Tezpur Lunatic Asylum reports 1895-1904 - 1895-1904
Year: 1895
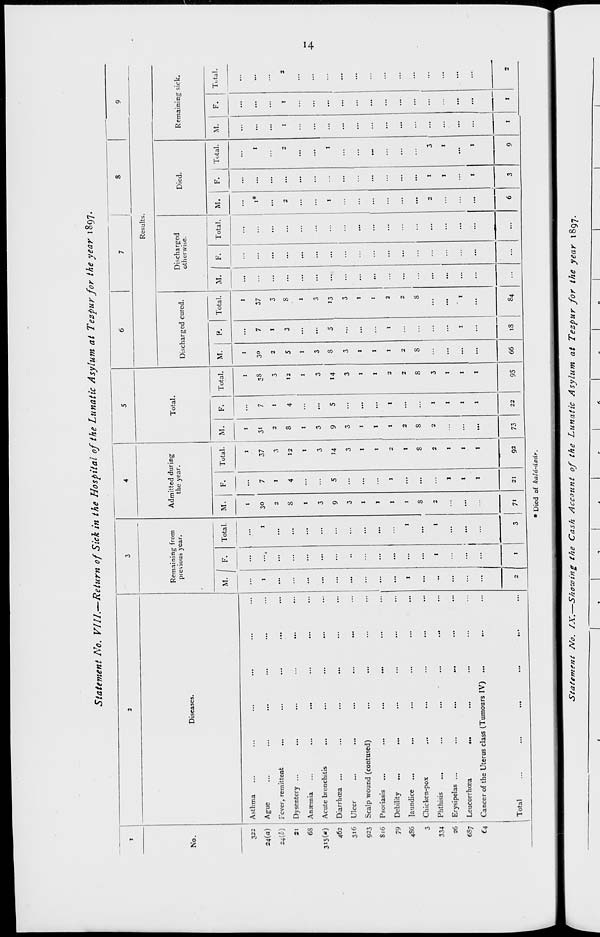
Statement No. VIII.-— Return of Sick in the Hospital of the Lunatic Asylum at Tezpur for the year 1897.
I
2
3
4
5
6
7
8
9
Diseases.
Remaining from
previous year.
Admitted during
the year.
Total
Results.
No.
Discharged cured.
Discharged
otherwise.
Died.
Remaining sick.
M. ['• Total, M. F. Total. M. F. Total. M. P.
1
Total.
M. f F.
Total.
M.
F.
Total.
M.
F.
Total.
322 Asthma
...
...
...
1
1
1
...
1
1
...
1
...
...
••
...
...
...
...
24(a) Ague
...
...
1
•••.
1
30
7
37
31
7
3S
30
7
37
...
1*
••
1
...
...
...
—Wl Fever, remittent
...
...
...
...
...
2
1
3
2
1
3
2
1
3
...
...
••
...
...
...
21
Dysentery ...
...
...
...
...
...
S
4
12
8
4
12
5
3
8
...
2
••
2
1
1
2
6S Anaemia
...
...
...
...
...
1
...
1
1
1
1
...
1
...
...
••
...
...
...
...
3»5(«) Acute bronchitis
...
...
...
...
...
3
3
3
...
3
3
...
3
...
...
••
...
...
...
...
462 Diarrhoea ...
...
...
...
...
...
9
5
14
9
5
U
8
5
13
...
1
1
...
...
316 Ulcer
...
...
...
••
...
3
...
3
3
...
3
3
...
3
...
••
...
...
...
...
923 Scalp wound (contused)
...
...
...
...
1
...
1
1
...
1
1
...
1
...
...
...
...
...
...
816 Psoriasis
...
...
...
...
...
1
...
1
1
...
1
1
1
...
...
••
...
...
...
...
79 Debility
...
...
...
...
I
1
2
t
1
2
1
1
2
...
...
...
...
...
4S6 laundice
...
...
1
...
I
1
...
1
2
...
2
2
2
...
...
••
...
...
...
...
3 Chicken-pox
...
...
...
...
...
S
...
8
S
...
8
S
8
...
...
••
...
...
...
334 Phthisis
...
...
...
...
!
1
2
2
2
1
3
...
...
...
2
i
3
...
...
...
26 Erysipelas ...
...
...
...
...
I
1
1
1
...
...
...
...
t
1
...
...
6S7 Leucorrhcea
...
...
...
...
...
...
...
1
1
...
1
1
...
:
1
...
...
...
...
...
...
u Cancer of the Uterus class (Tumours IV) ...
...
...
...
1
I
...
1
1
...
...
...
...
...
1
1
...
Total
...
= 1 I 3 71 21 -
92
73
22
95
66
i3
84
...
...
6
3
9
1
1
2
* Died of kald-dsdr.
Statement No. IX.—Showing the Cash Account of the Lunatic Asylum at Tezpur for the year 1897.